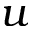
u